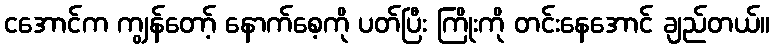
ငအောင်က ကျွန်တော့် နောက်စေ့ကို ပတ်ပြီး ကြိုးကို တင်းနေအောင် ချည်တယ်။